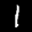
Label: 1